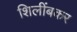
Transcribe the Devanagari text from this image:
शिलींबकर